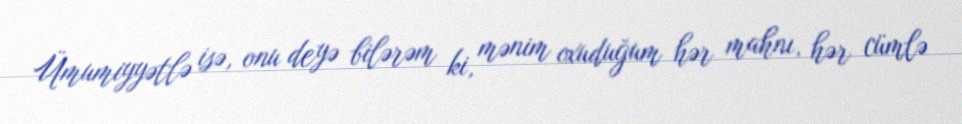
Ümumiyyətlə isə, onu deyə bilərəm ki, mənim oxuduğum hər mahnı, hər cümlə